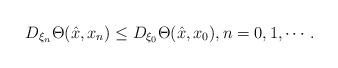
LaTeX: \begin{align*}D_{\xi_n}\Theta(\hat{x}, x_n)\le D_{\xi_0}\Theta(\hat{x}, x_0), n=0, 1, \cdots.\end{align*}